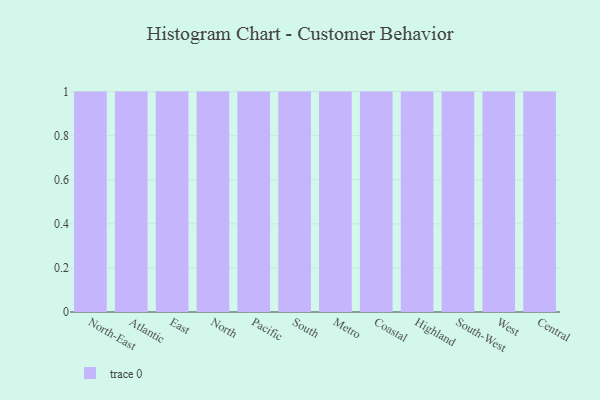
{"axis": {"x": "Region", "y": "Energy Usage (MWh)"}, "legend": [""], "data": [{"x": "North-East", "y": 91, "type": ""}, {"x": "Atlantic", "y": 67, "type": ""}, {"x": "East", "y": 67, "type": ""}, {"x": "North", "y": 1, "type": ""}, {"x": "Pacific", "y": 31, "type": ""}, {"x": "South", "y": 20, "type": ""}, {"x": "Metro", "y": 7, "type": ""}, {"x": "Coastal", "y": 7, "type": ""}, {"x": "Highland", "y": 3, "type": ""}, {"x": "South-West", "y": 100, "type": ""}, {"x": "West", "y": 12, "type": ""}, {"x": "Central", "y": 23, "type": ""}]}